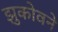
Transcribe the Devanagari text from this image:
झुकोवने